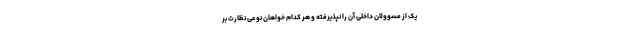
یک از مسوولان داخلی آن را نپذیرفته و هر کدام خواهان نوعی نظارت بر